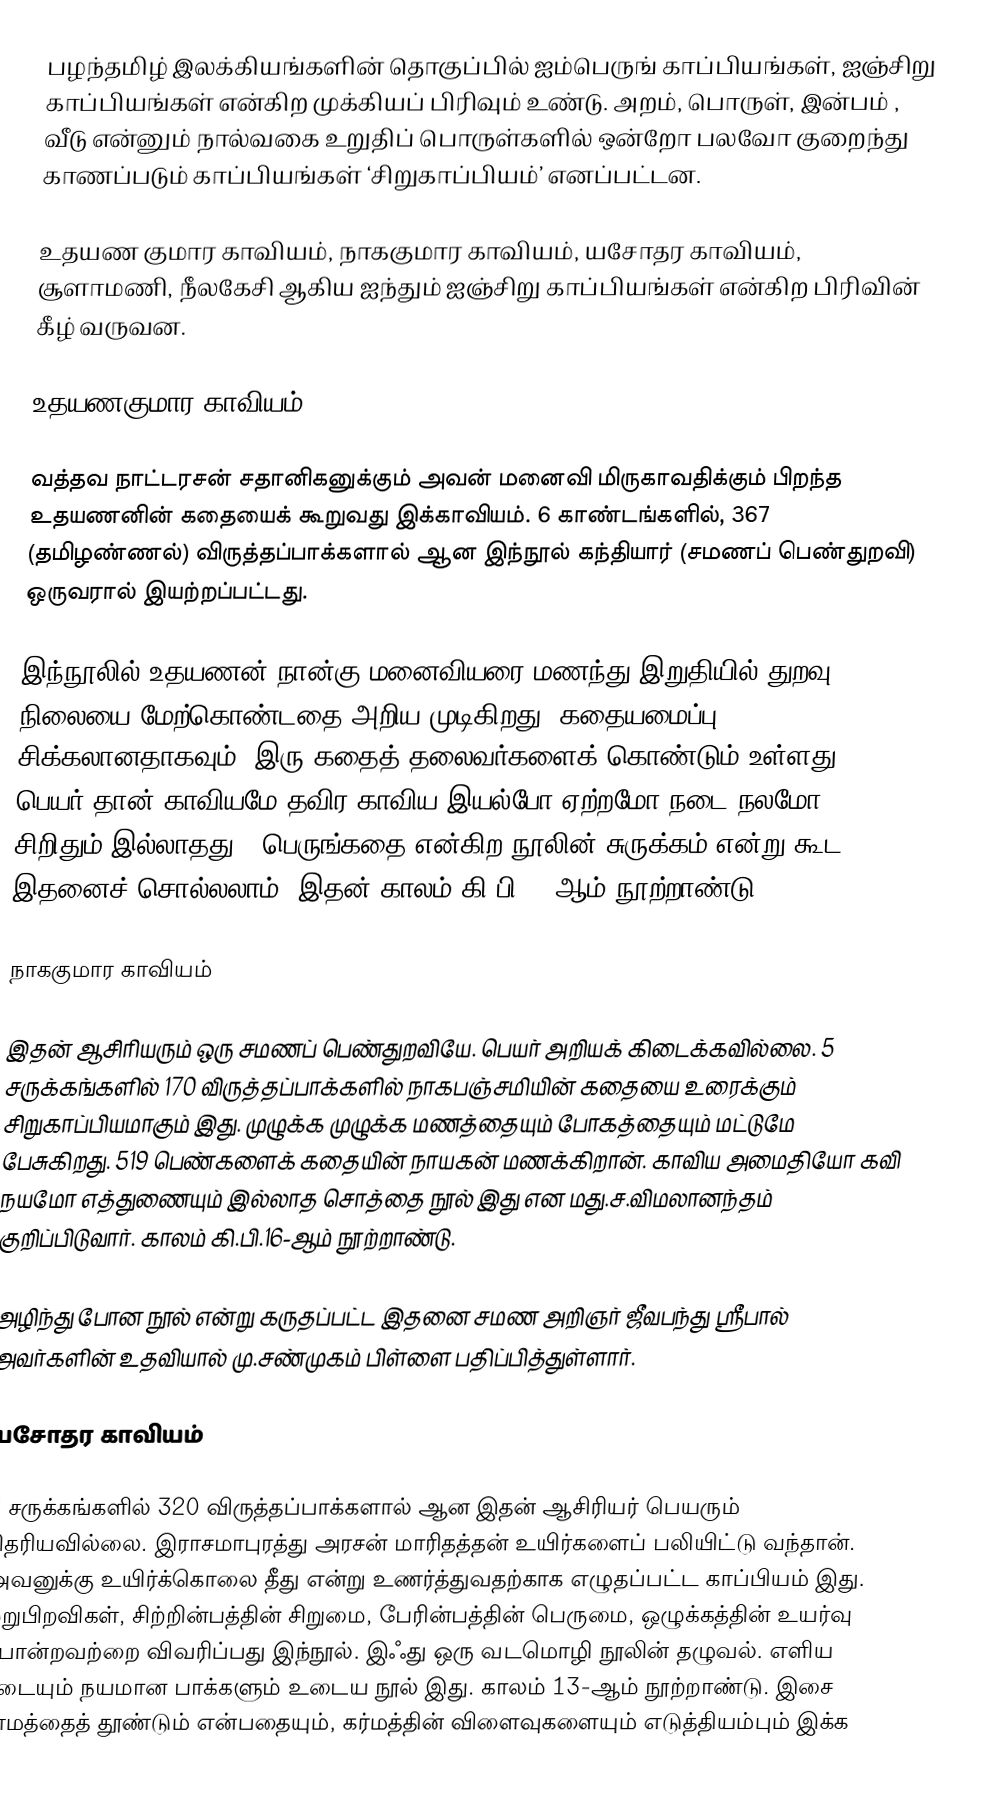
பழந்தமிழ் இலக்கியங்களின் தொகுப்பில் ஐம்பெருங் காப்பியங்கள், ஐஞ்சிறு காப்பியங்கள் என்கிற முக்கியப் பிரிவும் உண்டு. அறம், பொருள், இன்பம் , வீடு என்னும் நால்வகை உறுதிப் பொருள்களில் ஒன்றோ பலவோ குறைந்து காணப்படும் காப்பியங்கள் ‘சிறுகாப்பியம்’ எனப்பட்டன.

உதயண குமார காவியம், நாககுமார காவியம், யசோதர காவியம், சூளாமணி, நீலகேசி ஆகிய ஐந்தும் ஐஞ்சிறு காப்பியங்கள் என்கிற பிரிவின் கீழ் வருவன.

உதயணகுமார காவியம்

வத்தவ நாட்டரசன் சதானிகனுக்கும் அவன் மனைவி மிருகாவதிக்கும் பிறந்த உதயணனின் கதையைக் கூறுவது இக்காவியம். 6 காண்டங்களில், 367 (தமிழண்ணல்) விருத்தப்பாக்களால் ஆன இந்நூல் கந்தியார்  (சமணப் பெண்துறவி) ஒருவரால் இயற்றப்பட்டது.

இந்நூலில் உதயணன் நான்கு மனைவியரை மணந்து இறுதியில் துறவு நிலையை மேற்கொண்டதை அறிய முடிகிறது. கதையமைப்பு சிக்கலானதாகவும், இரு கதைத் தலைவர்களைக் கொண்டும் உள்ளது. பெயர் தான் காவியமே தவிர காவிய இயல்போ ஏற்றமோ நடை நலமோ சிறிதும் இல்லாதது . பெருங்கதை என்கிற நூலின் சுருக்கம் என்று கூட இதனைச் சொல்லலாம். இதன் காலம் கி.பி.15-ஆம் நூற்றாண்டு .

நாககுமார காவியம்

இதன் ஆசிரியரும் ஒரு சமணப் பெண்துறவியே. பெயர் அறியக் கிடைக்கவில்லை. 5 சருக்கங்களில் 170 விருத்தப்பாக்களில் நாகபஞ்சமியின் கதையை உரைக்கும் சிறுகாப்பியமாகும் இது. முழுக்க முழுக்க மணத்தையும் போகத்தையும் மட்டுமே பேசுகிறது. 519 பெண்களைக் கதையின் நாயகன் மணக்கிறான். காவிய அமைதியோ கவி நயமோ  எத்துணையும் இல்லாத சொத்தை நூல் இது என மது.ச.விமலானந்தம் குறிப்பிடுவார். காலம் கி.பி.16-ஆம் நூற்றாண்டு.

அழிந்து போன நூல் என்று கருதப்பட்ட இதனை சமண அறிஞர் ஜீவபந்து ஸ்ரீபால் அவர்களின் உதவியால் மு.சண்முகம் பிள்ளை பதிப்பித்துள்ளார்.

யசோதர காவியம்

5 சருக்கங்களில் 320 விருத்தப்பாக்களால் ஆன இதன் ஆசிரியர் பெயரும் தெரியவில்லை. இராசமாபுரத்து அரசன் மாரிதத்தன் உயிர்களைப் பலியிட்டு வந்தான். அவனுக்கு உயிர்க்கொலை தீது என்று உணர்த்துவதற்காக எழுதப்பட்ட காப்பியம் இது. மறுபிறவிகள், சிற்றின்பத்தின் சிறுமை, பேரின்பத்தின் பெருமை, ஒழுக்கத்தின் உயர்வு போன்றவற்றை விவரிப்பது இந்நூல். இஃது ஒரு வடமொழி நூலின் தழுவல். எளிய நடையும் நயமான பாக்களும் உடைய நூல் இது. காலம் 13-ஆம் நூற்றாண்டு. இசை காமத்தைத் தூண்டும் என்பதையும், கர்மத்தின் விளைவுகளையும் எடுத்தியம்பும் இக்க